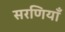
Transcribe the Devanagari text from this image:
सरणियाँ